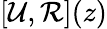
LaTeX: [\mathcal{U},\mathcal{R}](z)